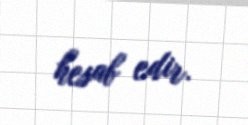
hesab edir.